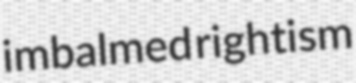
imbalmed rightism